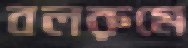
বলরুমে